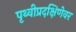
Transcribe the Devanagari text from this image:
पृथ्वीप्रदक्षिणेवर